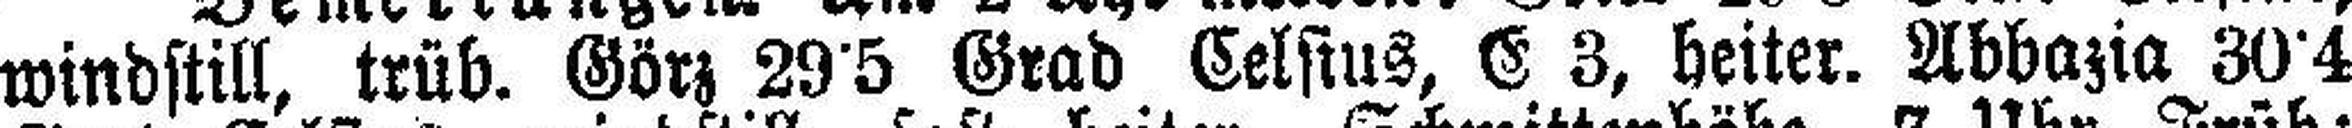
windstill, trüb. Görz 29•5 Grad Celsius, E 3, heiter. Abbazia 30•4